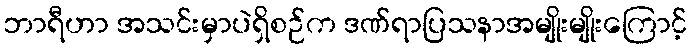
ဘာရီဟာ အသင်းမှာပဲရှိစဉ်က ဒဏ်ရာပြသနာအမျိုးမျိုးကြောင့်